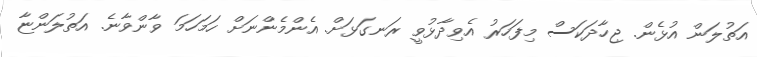
އަތުލަން އުޅެން. ޖިހާދަކަސް މިފަހަރު އެވިދާޅުވީ ރަނގަޅަށް. އެންމެންނަށް ހަމަހަމަ ވާންވާނެ. އަތުލަންޏާ